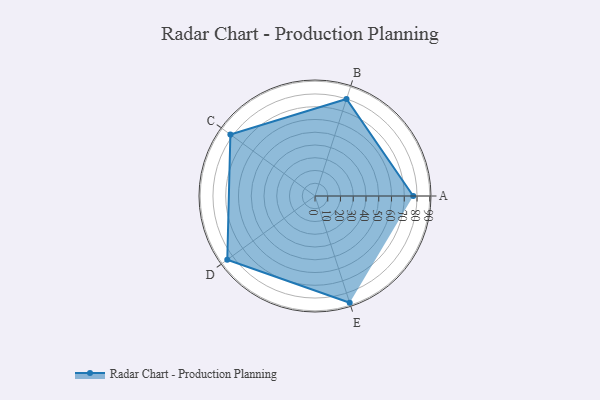
{"axis": {"x": "Skill", "y": "Score"}, "legend": ["Profile"], "data": [{"x": "A", "y": 77.0, "type": "Profile"}, {"x": "B", "y": 80.0, "type": "Profile"}, {"x": "C", "y": 82.0, "type": "Profile"}, {"x": "D", "y": 85.0, "type": "Profile"}, {"x": "E", "y": 88.0, "type": "Profile"}]}